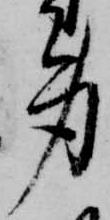
身